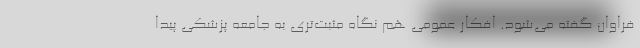
فراوان گفته می‌شود. افکار عمومی هم نگاه مثبت‌تری به جامعه پزشکی پیدا